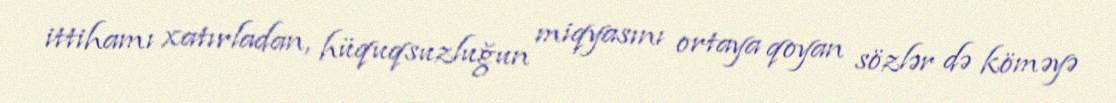
ittihamı xatırladan, hüquqsuzluğun miqyasını ortaya qoyan sözlər də köməyə